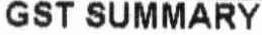
GST SUMMARY